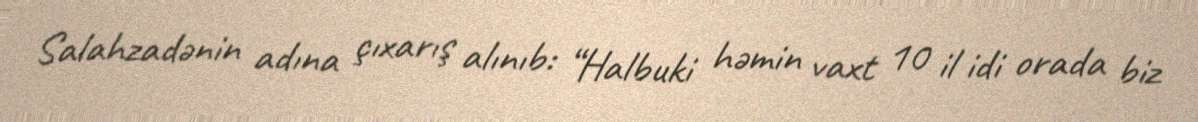
Salahzadənin adına çıxarış alınıb: “Halbuki həmin vaxt 10 il idi orada biz